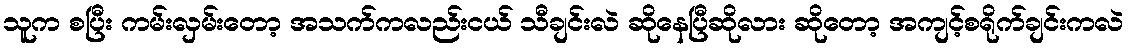
သူက စပြီး ကမ်းလှမ်းတော့ အသက်ကလည်းငယ် သီချင်းလဲ ဆိုနေပြီဆိုလား ဆိုတော့ အကျင့်စရိုက်ချင်းကလဲ